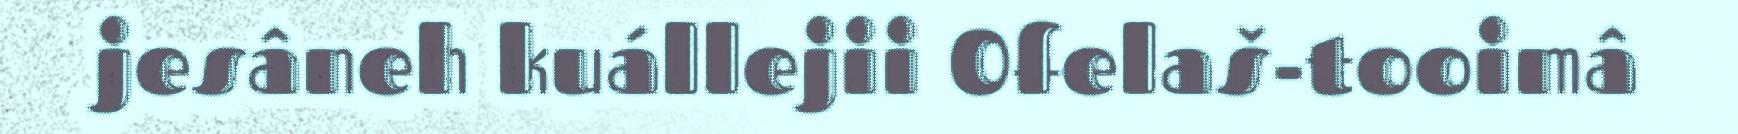
jesâneh kuállejii Ofelaš-tooimâ